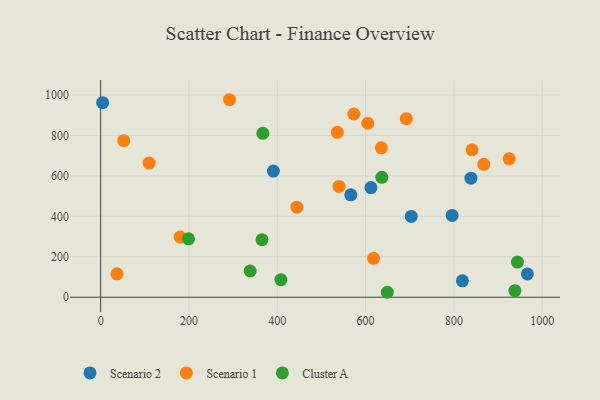
{"axis": {"x": "Speed", "y": "Yield"}, "legend": ["Cluster A", "Scenario 1", "Scenario 2"], "data": [{"x": "703.4", "y": 399.3, "type": "Scenario 2"}, {"x": "966.4", "y": 115.2, "type": "Scenario 2"}, {"x": "796.0", "y": 404.6, "type": "Scenario 2"}, {"x": "391.2", "y": 623.7, "type": "Scenario 2"}, {"x": "838.6", "y": 588.6, "type": "Scenario 2"}, {"x": "4.5", "y": 962.1, "type": "Scenario 2"}, {"x": "612.1", "y": 542.0, "type": "Scenario 2"}, {"x": "819.3", "y": 81.0, "type": "Scenario 2"}, {"x": "566.5", "y": 506.5, "type": "Scenario 2"}, {"x": "635.7", "y": 738.6, "type": "Scenario 1"}, {"x": "841.1", "y": 729.0, "type": "Scenario 1"}, {"x": "692.2", "y": 882.7, "type": "Scenario 1"}, {"x": "573.5", "y": 905.8, "type": "Scenario 1"}, {"x": "867.7", "y": 657.3, "type": "Scenario 1"}, {"x": "925.1", "y": 684.7, "type": "Scenario 1"}, {"x": "180.0", "y": 297.3, "type": "Scenario 1"}, {"x": "109.7", "y": 663.4, "type": "Scenario 1"}, {"x": "604.9", "y": 860.1, "type": "Scenario 1"}, {"x": "291.8", "y": 976.5, "type": "Scenario 1"}, {"x": "618.0", "y": 192.1, "type": "Scenario 1"}, {"x": "539.7", "y": 547.8, "type": "Scenario 1"}, {"x": "536.0", "y": 815.3, "type": "Scenario 1"}, {"x": "52.3", "y": 774.0, "type": "Scenario 1"}, {"x": "444.1", "y": 445.3, "type": "Scenario 1"}, {"x": "36.9", "y": 115.7, "type": "Scenario 1"}, {"x": "636.7", "y": 593.0, "type": "Cluster A"}, {"x": "938.1", "y": 32.4, "type": "Cluster A"}, {"x": "367.3", "y": 810.2, "type": "Cluster A"}, {"x": "198.9", "y": 288.5, "type": "Cluster A"}, {"x": "649.1", "y": 24.4, "type": "Cluster A"}, {"x": "943.9", "y": 173.9, "type": "Cluster A"}, {"x": "365.4", "y": 284.7, "type": "Cluster A"}, {"x": "408.3", "y": 86.7, "type": "Cluster A"}, {"x": "338.6", "y": 129.5, "type": "Cluster A"}]}